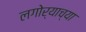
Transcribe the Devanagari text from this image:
लगोर्‍याच्या